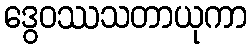
ဒွေဝဿသတာယုကာ